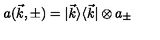
a ( \vec { k } , \pm ) = | \vec { k } \rangle \langle \vec { k } | \otimes a _ { \pm }